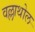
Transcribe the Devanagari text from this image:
वल्लाथोल